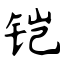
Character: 铠